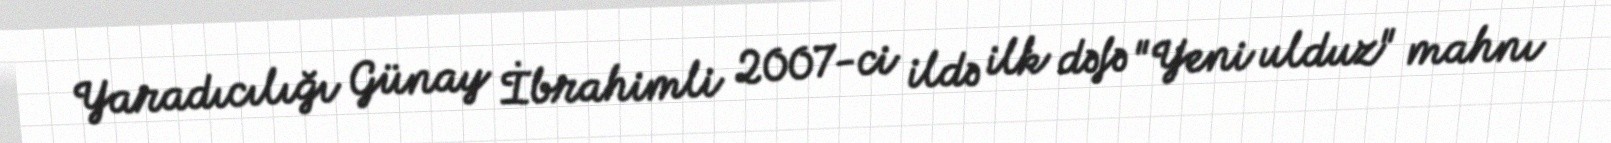
Yaradıcılığı Günay İbrahimli 2007-ci ildə ilk dəfə "Yeni ulduz" mahnı